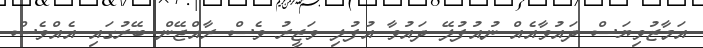
އަމާޒުވިޔަސް ދައުވާއެއް ނުއުފުލޭ ދައުވާ އުފުލި ވަޒީރު ވެސް ރާއްޖޭން ބޭރުގައި އެއްވެސް